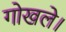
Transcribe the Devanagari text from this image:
गोखले।